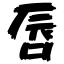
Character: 唇